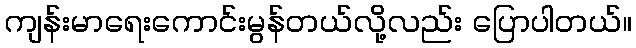
ကျန်းမာရေးကောင်းမွန်တယ်လို့လည်း ပြောပါတယ်။